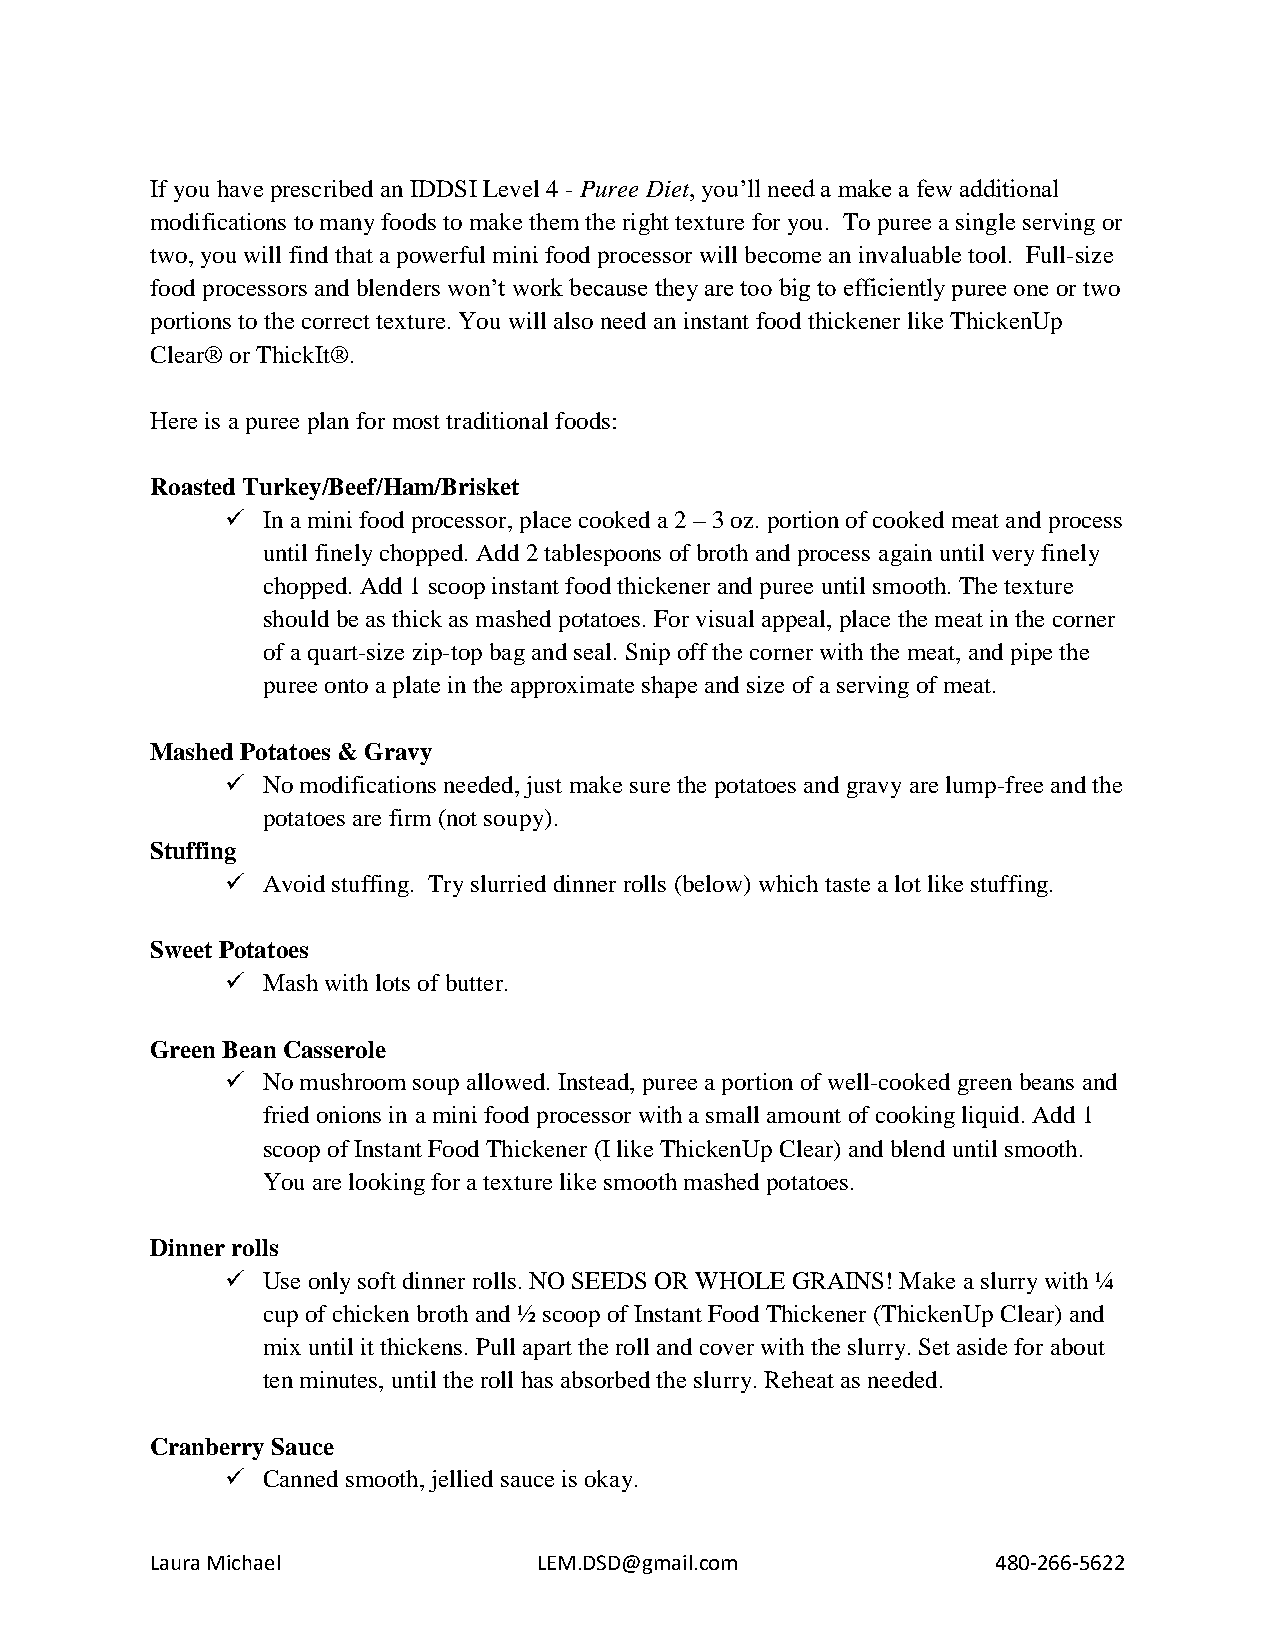
If you have prescribed an IDDSI Level 4 - Puree Diet, you’ll need a make a few additional
 modifications to many foods to make them the right texture for you. To puree a single serving or
 two, you will find that a powerful mini food processor will become an invaluable tool. Full-size
 food processors and blenders won’t work because they are too big to efficiently puree one or two
 portions to the correct texture. You will also need an instant food thickener like ThickenUp
 Clear® or ThickIt®.
 Here is a puree plan for most traditional foods:
 Roasted Turkey/Beef/Ham/Brisket
  In a mini food processor, place cooked a 2 – 3 oz. portion of cooked meat and process
 until finely chopped. Add 2 tablespoons of broth and process again until very finely
 chopped. Add 1 scoop instant food thickener and puree until smooth. The texture
 should be as thick as mashed potatoes. For visual appeal, place the meat in the corner
 of a quart-size zip-top bag and seal. Snip off the corner with the meat, and pipe the
 puree onto a plate in the approximate shape and size of a serving of meat.
 Mashed Potatoes & Gravy
  No modifications needed, just make sure the potatoes and gravy are lump-free and the
 potatoes are firm (not soupy).
 Stuffing
  Avoid stuffing. Try slurried dinner rolls (below) which taste a lot like stuffing.
 Sweet Potatoes
  Mash with lots of butter.
 Green Bean Casserole
  No mushroom soup allowed. Instead, puree a portion of well-cooked green beans and
 fried onions in a mini food processor with a small amount of cooking liquid. Add 1
 scoop of Instant Food Thickener (I like ThickenUp Clear) and blend until smooth.
 You are looking for a texture like smooth mashed potatoes.
 Dinner rolls
  Use only soft dinner rolls. NO SEEDS OR WHOLE GRAINS! Make a slurry with ¼
 cup of chicken broth and ½ scoop of Instant Food Thickener (ThickenUp Clear) and
 mix until it thickens. Pull apart the roll and cover with the slurry. Set aside for about
 ten minutes, until the roll has absorbed the slurry. Reheat as needed.
 Cranberry Sauce
  Canned smooth, jellied sauce is okay.
 Laura Michael             LEM.DSD@gmail.com             480-266-5622